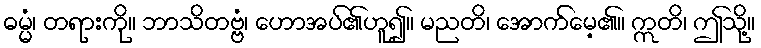
ဓမ္မံ၊ တရားကို။ ဘာသိတဗ္ဗံ၊ ဟောအပ်၏ဟူ၍။ မညတိ၊ အောက်မေ့၏။ ဣတိ၊ ဤသို့။